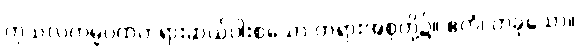
ကုသလကမ္မပထတရားဆယ်ပါးစသော တရားအစုတို့၌။ ဧကံ၊ တခုသော။